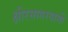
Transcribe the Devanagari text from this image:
क्षीरसागरवासी